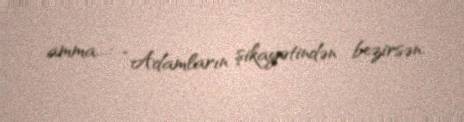
amma...: “Adamların şikayətindən bezirsən.